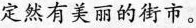
定然有美丽的街市。